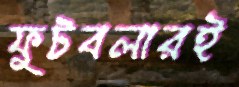
ফুটবলারই